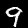
Label: 9